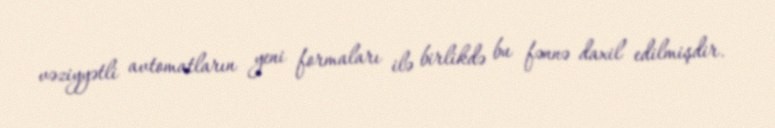
vəziyyətli avtomatların yeni formaları ilə birlikdə bu fənnə daxil edilmişdir.